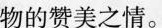
物的赞美之情。